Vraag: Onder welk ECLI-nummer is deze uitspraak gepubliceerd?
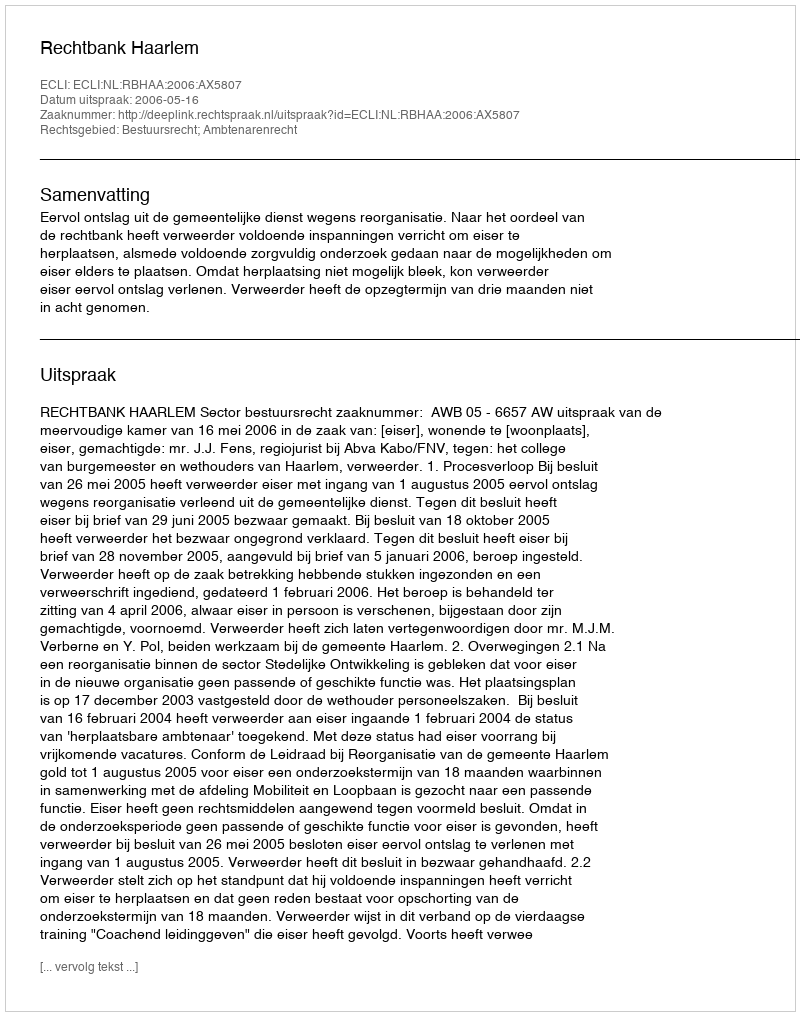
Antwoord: ECLI:NL:RBHAA:2006:AX5807